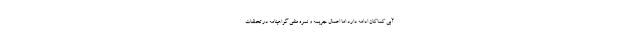
آبی کماکان ادامه دارد اما اعمال جریمه و نمره منفی گواهینامه در تخلفات